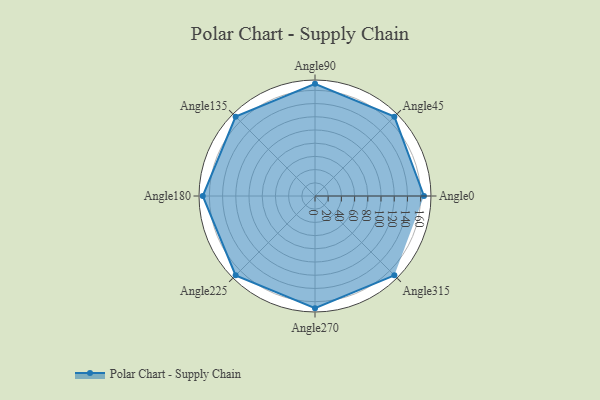
{"axis": {"x": "Angle", "y": "Radius"}, "legend": [""], "data": [{"x": "Angle0", "y": 165.0, "type": ""}, {"x": "Angle45", "y": 170, "type": ""}, {"x": "Angle90", "y": 170, "type": ""}, {"x": "Angle135", "y": 170, "type": ""}, {"x": "Angle180", "y": 170, "type": ""}, {"x": "Angle225", "y": 170, "type": ""}, {"x": "Angle270", "y": 170, "type": ""}, {"x": "Angle315", "y": 170, "type": ""}]}